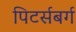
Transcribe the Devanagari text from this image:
पिटर्सबर्ग